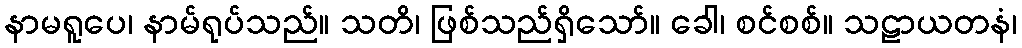
နာမရူပေ၊ နာမ်ရုပ်သည်။ သတိ၊ ဖြစ်သည်ရှိသော်။ ခေါ၊ စင်စစ်။ သဠာယတနံ၊